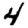
Digit: 4